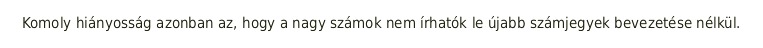
Komoly hiányosság azonban az, hogy a nagy számok nem írhatók le újabb számjegyek bevezetése nélkül.